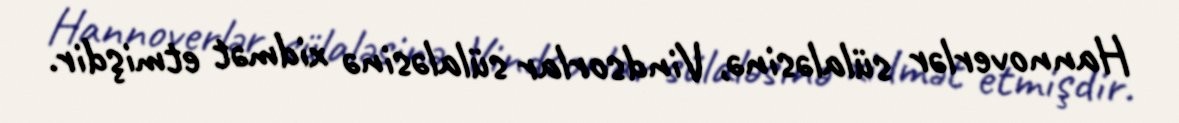
Hannoverlər sülaləsinə, Vindsorlar sülaləsinə xidmət etmişdir.